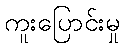
ကူးပြောင်းမှု